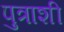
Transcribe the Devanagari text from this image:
पुत्राशी